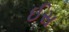
ઈસ